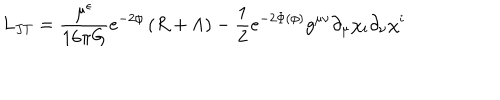
L _ { J T } = \frac { \mu ^ { \epsilon } } { 1 6 \pi G } e ^ { - 2 \phi } \left( R + \Lambda \right) - { \frac { 1 } { 2 } } e ^ { - 2 \Phi ( \phi ) } g ^ { \mu \nu } \partial _ { \mu } \chi _ { i } \partial _ { \nu } \chi ^ { i }